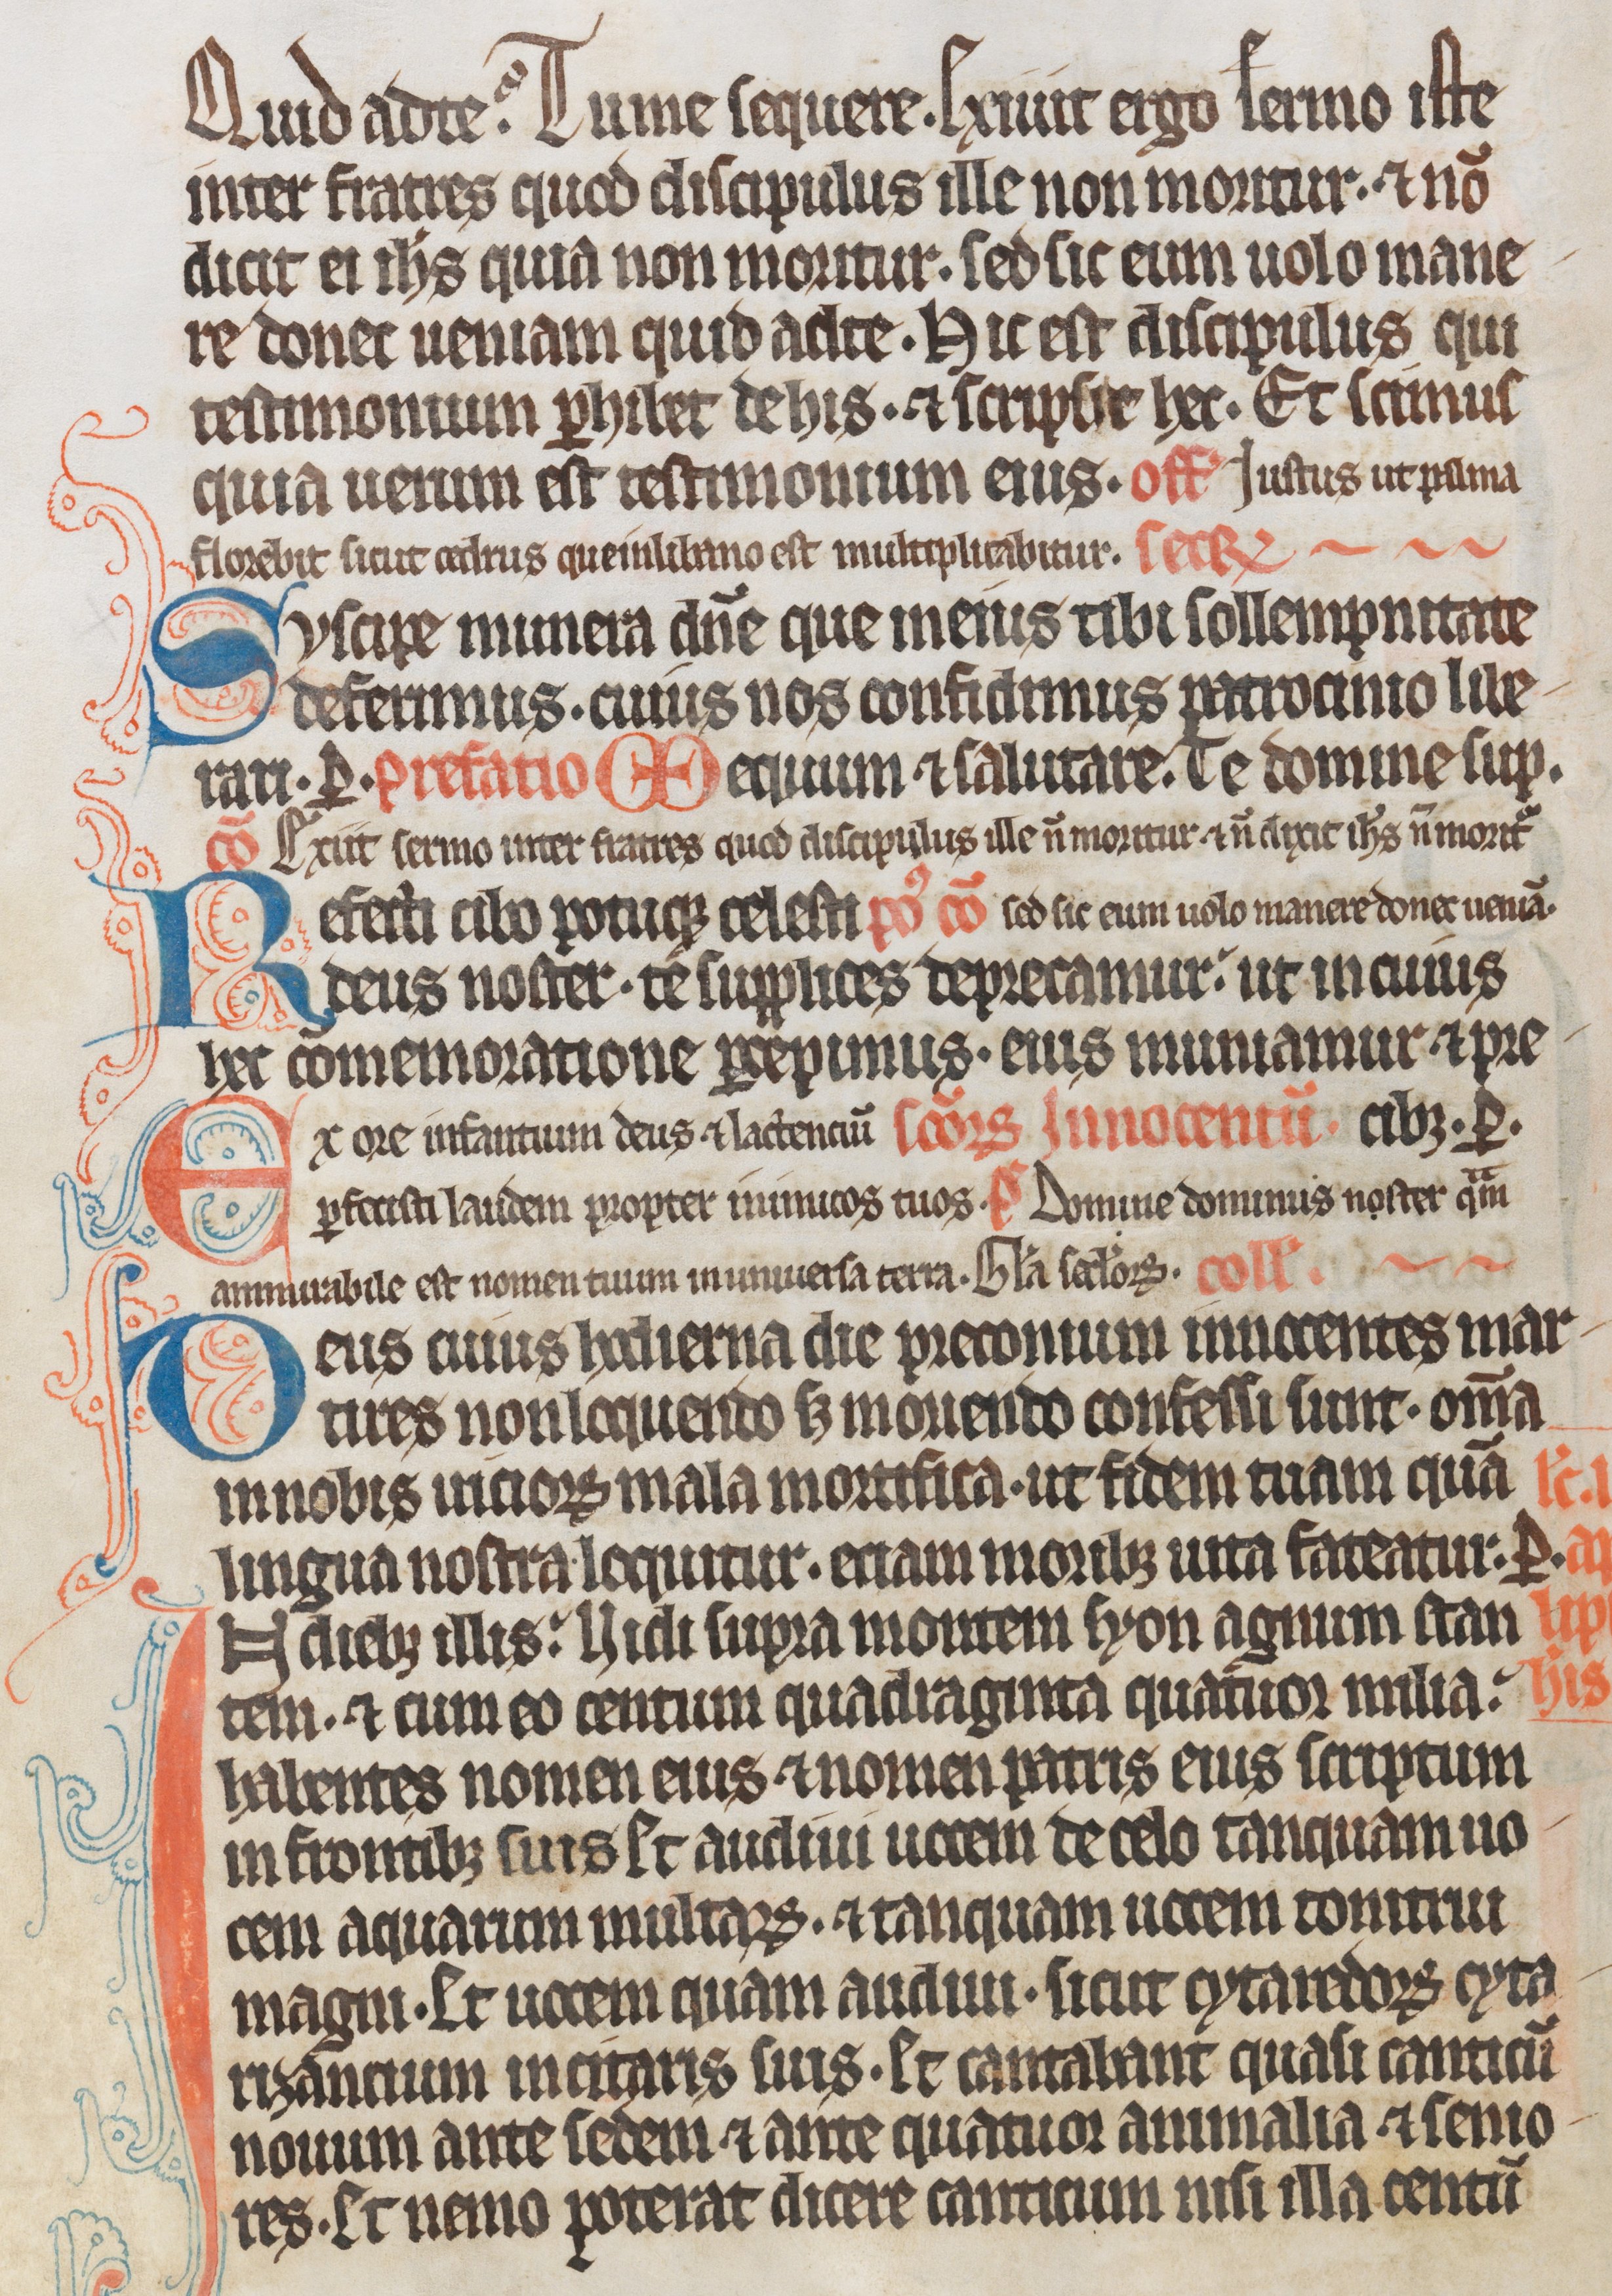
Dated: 1285–1315